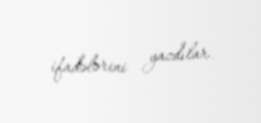
ifadələrini yazdılar.